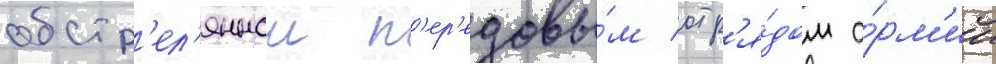
обстр'ел'яннои п'ер'едовы́м отр'я́дом а́рм'ии